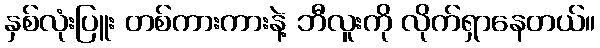
နှစ်လုံးပြူး တစ်ကားကားနဲ့ ဘီလူးကို လိုက်ရှာနေတယ်။